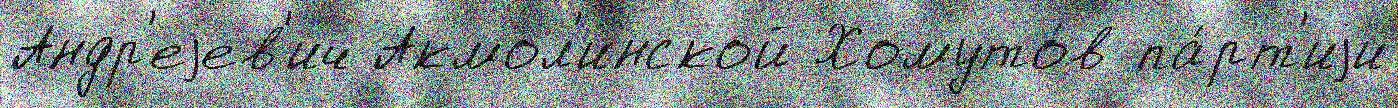
Андр'еjев'ич Акмол'инской Хомуто́в па́рт'иjи